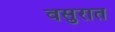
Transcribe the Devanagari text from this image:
वसुरात